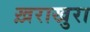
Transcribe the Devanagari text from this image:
ख़राखुरा